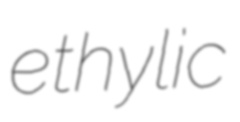
ethylic